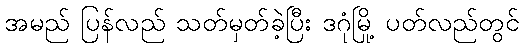
အမည် ပြန်လည် သတ်မှတ်ခဲ့ပြီး ဒဂုံမြို့ ပတ်လည်တွင်